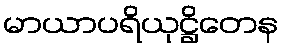
မာယာပရိယုဋ္ဌိတေန